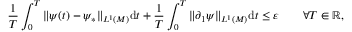
\frac { 1 } { T } \int _ { 0 } ^ { T } \| \psi ( t ) - \psi _ { * } \| _ { L ^ { 1 } ( M ) } \mathrm { d } t + \frac { 1 } { T } \int _ { 0 } ^ { T } \| \partial _ { 1 } \psi \| _ { L ^ { 1 } ( M ) } \mathrm { d } t \leq \varepsilon \qquad \forall T \in \mathbb { R } ,